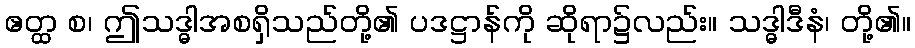
ဧတ္ထ စ၊ ဤသဒ္ဓါအစရှိသည်တို့၏ ပဒဋ္ဌာန်ကို ဆိုရာ၌လည်း။ သဒ္ဓါဒီနံ၊ တို့၏။